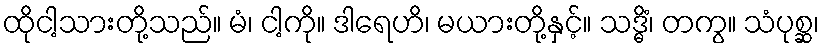
ထိုငါ့သားတို့သည်။ မံ၊ ငါ့ကို။ ဒါရေဟိ၊ မယားတို့နှင့်။ သဒ္ဓိံ၊ တကွ။ သံပုစ္ဆ၊